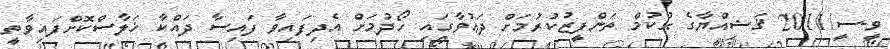
ވީ-ސީ/2011 ޤަޟިއްޔާގެ ޙުކުމް ތަންފީޒުކުރުމަށް ދަޢުވާގައި ހޯދުމަށް އެދިފައިވާ ފައިސާ ދައްކާ ޚަލާސްކޮށްފައިވާތީ